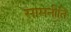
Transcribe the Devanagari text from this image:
सामनीति